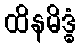
ထိနမိဒ္ဓံ